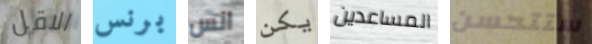
الاقل برنس انس يكن المساعدين ستتحسن